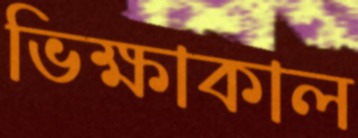
ভিক্ষাকাল